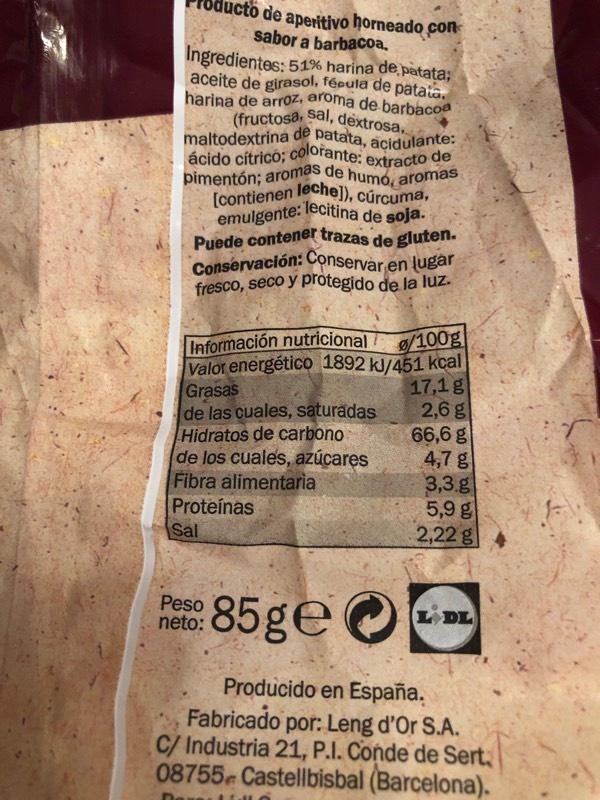
lucto de aperitivo horneado con sabor a barbacoa. Ingredientes: 51% harina de patata; aceite de girasol, fécula de patata. harina de arroz, aroma de barbacoa (fructosa, sal, dextrosa... maltodextrina de patata, acidulante: ácido cítrico; colorante: extracto de pimentón; aromas de humo, aromas leche]), cúrcuma, : lecitina de soja.
[contienen emulgente:
Puede contener trazas de gluten. Conservación: Conservar en lugar fresco, seco y protegido de la luz.
Información nutricional
g/100g Valor energético 1892 kJ/451 kcal Grasas
de las cuales, saturadas
Hidratos de carbono.
de los cuales, azúcares Fibra alimentaria Proteínas
Sal
Peso neto:
17,1 g
2,6 g
66,6 g
4,7 g
85ge
Producido en España.
Fabricado por: Leng d'Or S.A. C/ Industria 21, P.I. Conde de Sert 08755 Castellbisbal (Barcelona).
HUNG
3,3.g
5,9 g
2,22 g
L DL